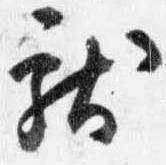
献